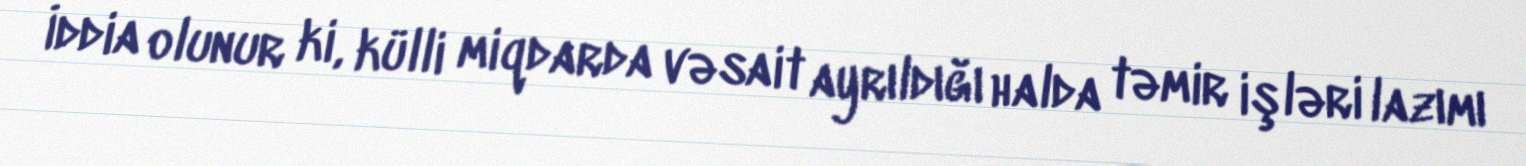
İddia olunur ki, külli miqdarda vəsait ayrıldığı halda təmir işləri lazımı